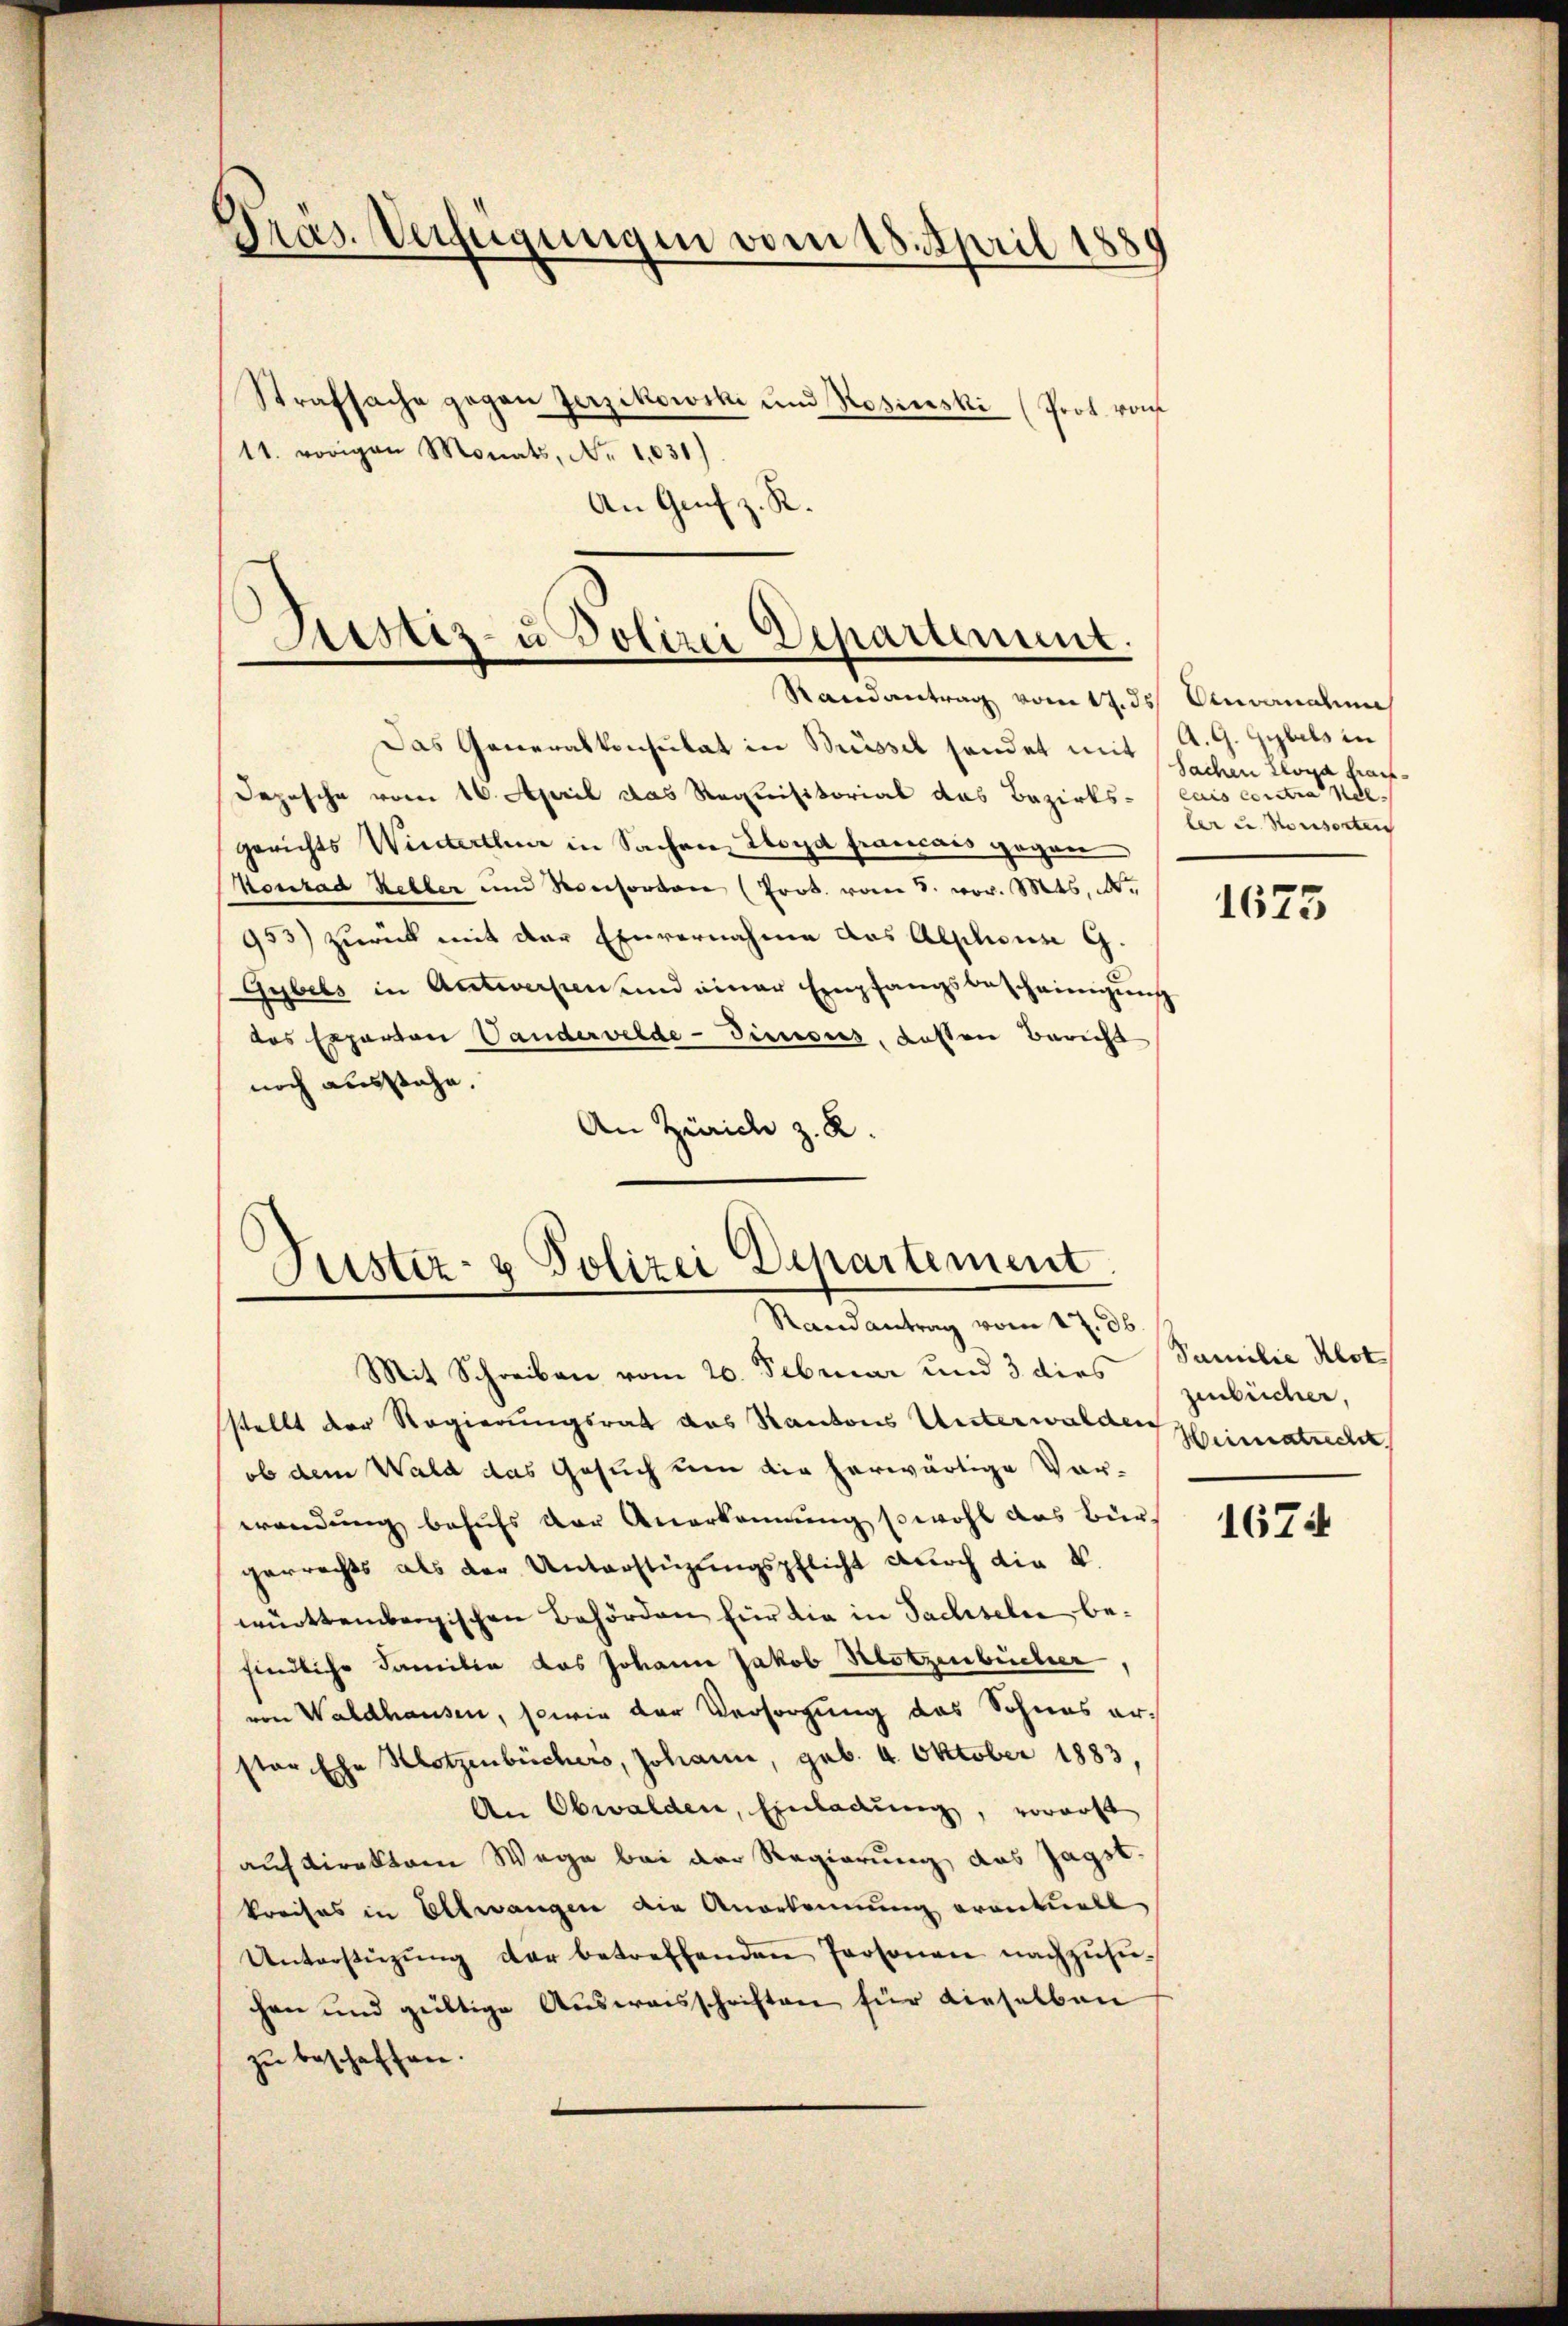
Präs. Verfügungen vom 18. April 1881
Strafsache gegen Zerzikowski und Rosinski (Prot. von
11. vorigen Monats, Nr. 1031)
An Genf z. R.

ssitz- u Polizei Departement.

C
.
ustiz- & Polizei Departement
.
Randantrag vom 17. 36.

Randantrag vom 17. ds Anvanalen
Das Generalkonsulat in Bussel sendet mit 1. A. G. Gybils in
Depesche vom 16. April das Requisitorial das Bezirks- (cais contra nelgerichts Winterthur in Sachen Lloyd francans gegen
Konrad Keller und Konsorten (Prot. vom 8. vor. Mts. N.
953) zurück mit der Einvernahme das Alphons G.
Gybels in Antworfen und einer Empfangsbescheinigung
das Experton Vanderverde-Dimises, Kosten Bericht
noch ausstehe.
An Zürich z. R.

Mit Schreiben vom 20. Februar und 3 dies
stellt der Regierungsrat das Kantons Unterwalden
ob dem Wald das Gesuch um die herwärtige Vor-
wendung behufs der Anerkennung sowohl das Bürgerrechts als der Unterstüzungspflicht durch die V
württembergischen Behörden für die in Sachseln befindliche Familie das Johann Jakob Klotzenbücher
von Waldhausen, sowie der Versorgung das Sohnes erster Ehe Klotzenbüchers, Johann, geb. 4. Oktober 1883,
An Obwalden, Einladung, vorerst
auf direktor Wege bei der Regierung das sagst.
kreises in Ellwangen die Anerkennung erantuell
Unterstützŭng der betreffenden Personen nachzŭsü-
chen und gültige Ausweisschriften für dieselben
zu beschaffen.

Sachen Lloya trauf
ler u. Konsorten

1675

Familie Klot
zerbücher,
Heimatrecht

1674